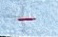
-